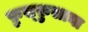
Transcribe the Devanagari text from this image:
फ़ुस्फ़ुसाया